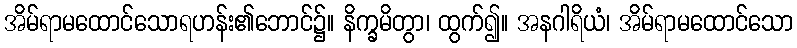
အိမ်ရာမထောင်သောရဟန်း၏ဘောင်၌။ နိက္ခမိတွာ၊ ထွက်၍။ အနဂါရိယံ၊ အိမ်ရာမထောင်သော